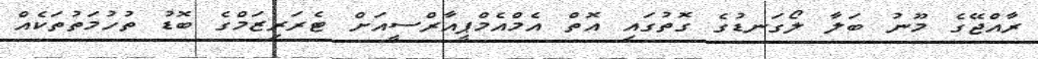
ރާއްޖޭގެ މޫނު ބަލާ ލޯގަނޑުގެ ގޮތުގައި އޮތް އެމްއެމްޕީއާރްސީއަށް ޓެރަރިޒަމްގެ ބޮޑު ތުހުމަތުތަކެއް